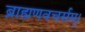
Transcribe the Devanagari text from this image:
ब्राह्मणवचर्सम्।